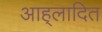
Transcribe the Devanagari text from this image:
आह्‌लादित